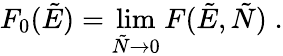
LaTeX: F_{0}(\tilde{E})=\operatorname*{lim}_{\tilde{N}\to 0}F(\tilde{E},\tilde{N})\; .